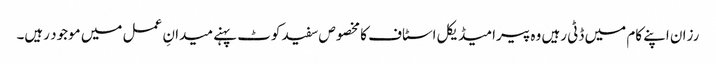
رزان اپنے کام میں ڈٹی رہیں وہ پیرامیڈیکل اسٹاف کا مخصوص سفید کوٹ پہنے میدانِ عمل میں موجود رہیں۔